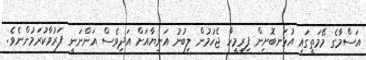
އަސްމާގެ މޭމަތީގައި އުޅަނބޮށިން ފިރިމީހާ ޖެހުމުން ލިބުނު އަނިޔާއަށް އަދިވެސް އަންނަނީ ފަރުވާކުރަމުންނެވެ.